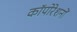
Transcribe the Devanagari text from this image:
कॉपोरेशनों